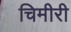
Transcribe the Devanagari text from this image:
चिमीरी